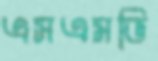
এসএমভি